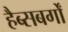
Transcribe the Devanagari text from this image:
हैब्सबर्गों